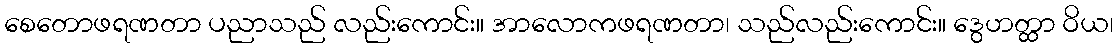
စေတောဖရဏတာ ပညာသည် လည်းကောင်း။ အာလောကဖရဏတာ၊ သည်လည်းကောင်း။ ဒွေဟတ္ထာ ဝိယ၊